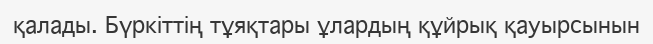
қалады. Бүркіттің тұяқтары ұлардың құйрық қауырсынын